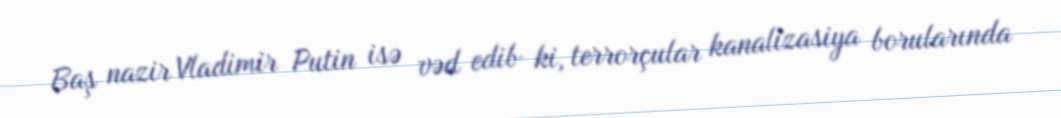
Baş nazir Vladimir Putin isə vəd edib ki, terrorçular kanalizasiya borularında